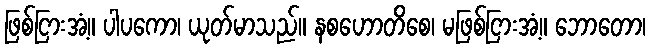
ဖြစ်ငြားအံ့။ ပါပကော၊ ယုတ်မာသည်။ နစဟောတိစေ၊ မဖြစ်ငြားအံ့။ ဘောတော၊